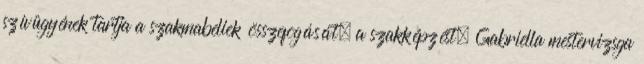
szívügyének tartja a szakmabeliek összefogását, a szakképzést, Gabriella mestervizsga